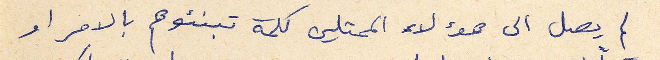
لم يصل الى هؤلاء الممثلين كلمة تنبئوهم بالامر او